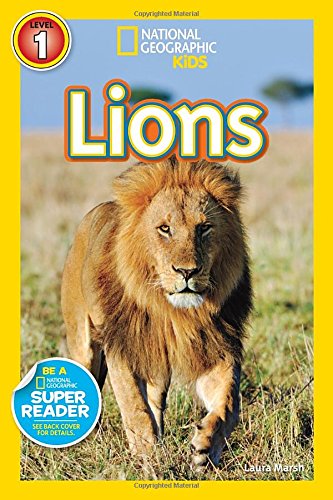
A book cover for National Geographic Readers: Lions; Laura Marsh; Children's Books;